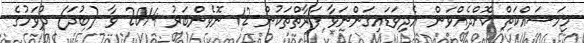
މިމަސައްކަތް ކޮށްދެއްވަން އެދިވަޑައިގަންނަވާ ފަރާތްތަކުން 12 ނޮވެންބަރު 2014 ވާ (ބުދަ) ދުވަހުގެ